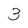
Character: 3